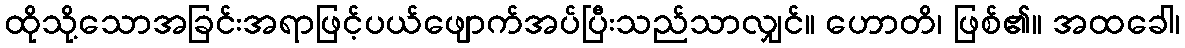
ထိုသို့သောအခြင်းအရာဖြင့်ပယ်ဖျောက်အပ်ပြီးသည်သာလျှင်။ ဟောတိ၊ ဖြစ်၏။ အထခေါ၊